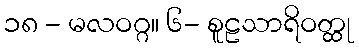
၁၈ - မလဝဂ္ဂ။ ၆- စူဠသာရိဝတ္ထု